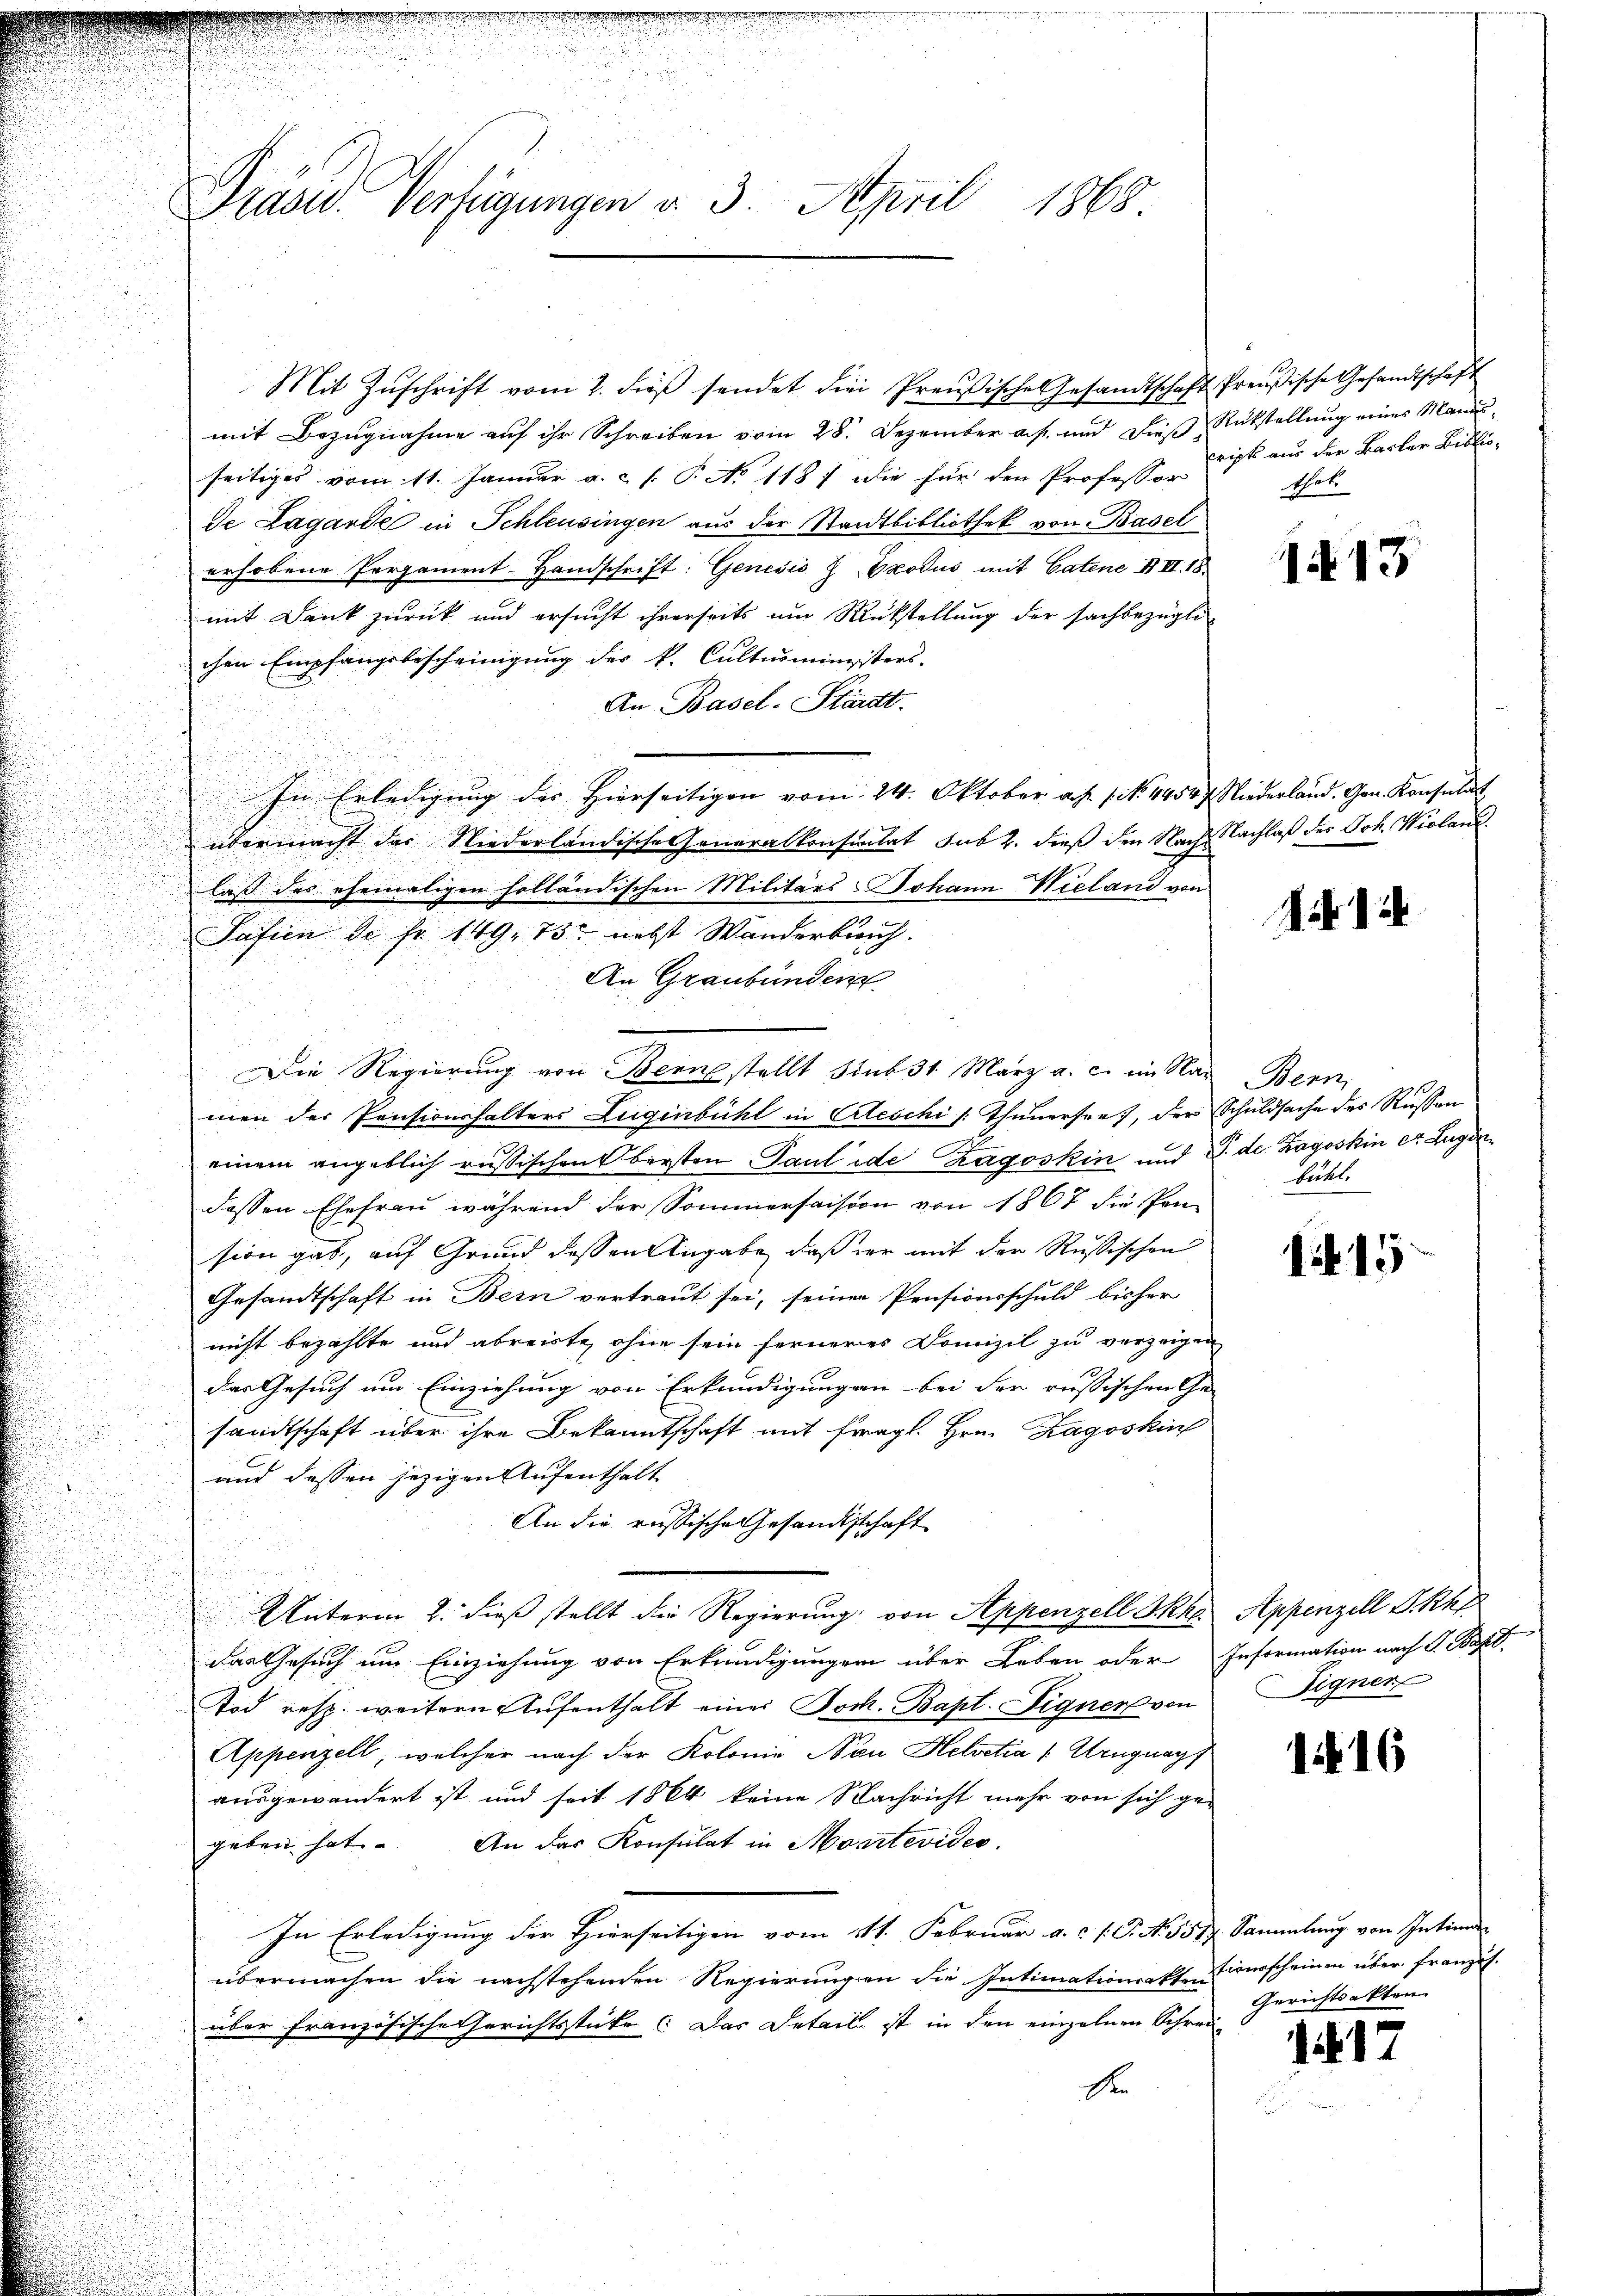
Mit Zŭschrift vom 2. dieβ sendet die Preußisches Gesandtschaft Preußische Gesandtschaft
mit Bezugnahme auf ihr Schreiben vom 28. Dezember a. f. und dieß Rükstellung eines Mandu-
seitiges vom 11. Januar a. c. f. P. No 1187 die für den Professor
de Lagarde in Schleusingen aus der Stadtbibliothek von Basel
erhobene Pergament-Handschrift: Genević G Exodus mit Catene III. 18.
mit Dank zurück und ersucht ihrerseits um Rükstellung der sachbezügli
chen Empfangsbescheinigung des k. Cultusministers.
An Basel-Stardt.
In Erledigung der Hierseitigen vom 24. Oktober a. p. 1. 4454 f. Niederland. Gen. Konsulat
übermacht das Niederländische Generalkonsulat sub 2. dieß den Nach Nachlaß des Joh. Wieland
laß des ehemaligen holländischen Militärs Johann Wieland von
Safien de fr. 149. 75. nebst Wanderbuch.
An Graubünden
.
s
n
s

Die Regierung von Bern stellt sub 31. März a. c. im Nar Bern,
men der Pensionshalters Lugenbühl in Erleschi /: Thunersee, der Schuldsache des Russen
einem angeblich russischen bersten Paul ide Zagoskin und T. de Zagoskin er Zug dadessen Ehefrau während der Sommersaision von 1867 die Pen-
sion gab, auf Grund dessen Angabe, daß der mit der Rußischen
Gesandtschaft in Bern vertraut sei, seiner Pensionsschuld bisher

nicht bezahlte und abreiste, ohne sein ferneres Domizil zu verzeigen
das Gesuch um Einziehung von Erkundigungen bei der russischen Ge-
sandtschaft über ihre Bekanntschaft mit fragl. Hrn. Zagoskin
und dessen jezigen Aufenthalt
An die russische Gesandtschaft
u
Unterm 2. dieß stellt die Regierung, von Appenzell I.Rh. Appenzell P. Khr
das Gesuch um Einziehung von Erkundigungen über Leben oder
Tod resp. weitern Aufenthalt einer Jock. Bapt. Signer von
Appenzell, welcher nach der Kolonie Non Helvetia (Uruguapf
ausgewandert ist und seit 1864 keine Nachricht mehr von sich gegeben hat. An das Konsulat in Montevides.
In Erledigung der Hierseitigen vom 111. Februar a. c. s. S. N. 3517. Sammlung von Intimen
übermachen die nachstehenden Regierŭngen die Intimationsakte erscheinen über französ.
über französische Gerichtsticke (Das Detail, ist in den einzelnen Schrei
E

Präsid. Verfügungen d. 3. April 1868

cripts aus der Basler Bibliothät

113

Art. 12

trittel.

15

Information nach G. Bapt
Eigner

116

Gerichtsakten.

1817